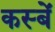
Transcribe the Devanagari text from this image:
कस्‍बें